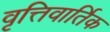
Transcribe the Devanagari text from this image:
वृत्तिवार्तिक